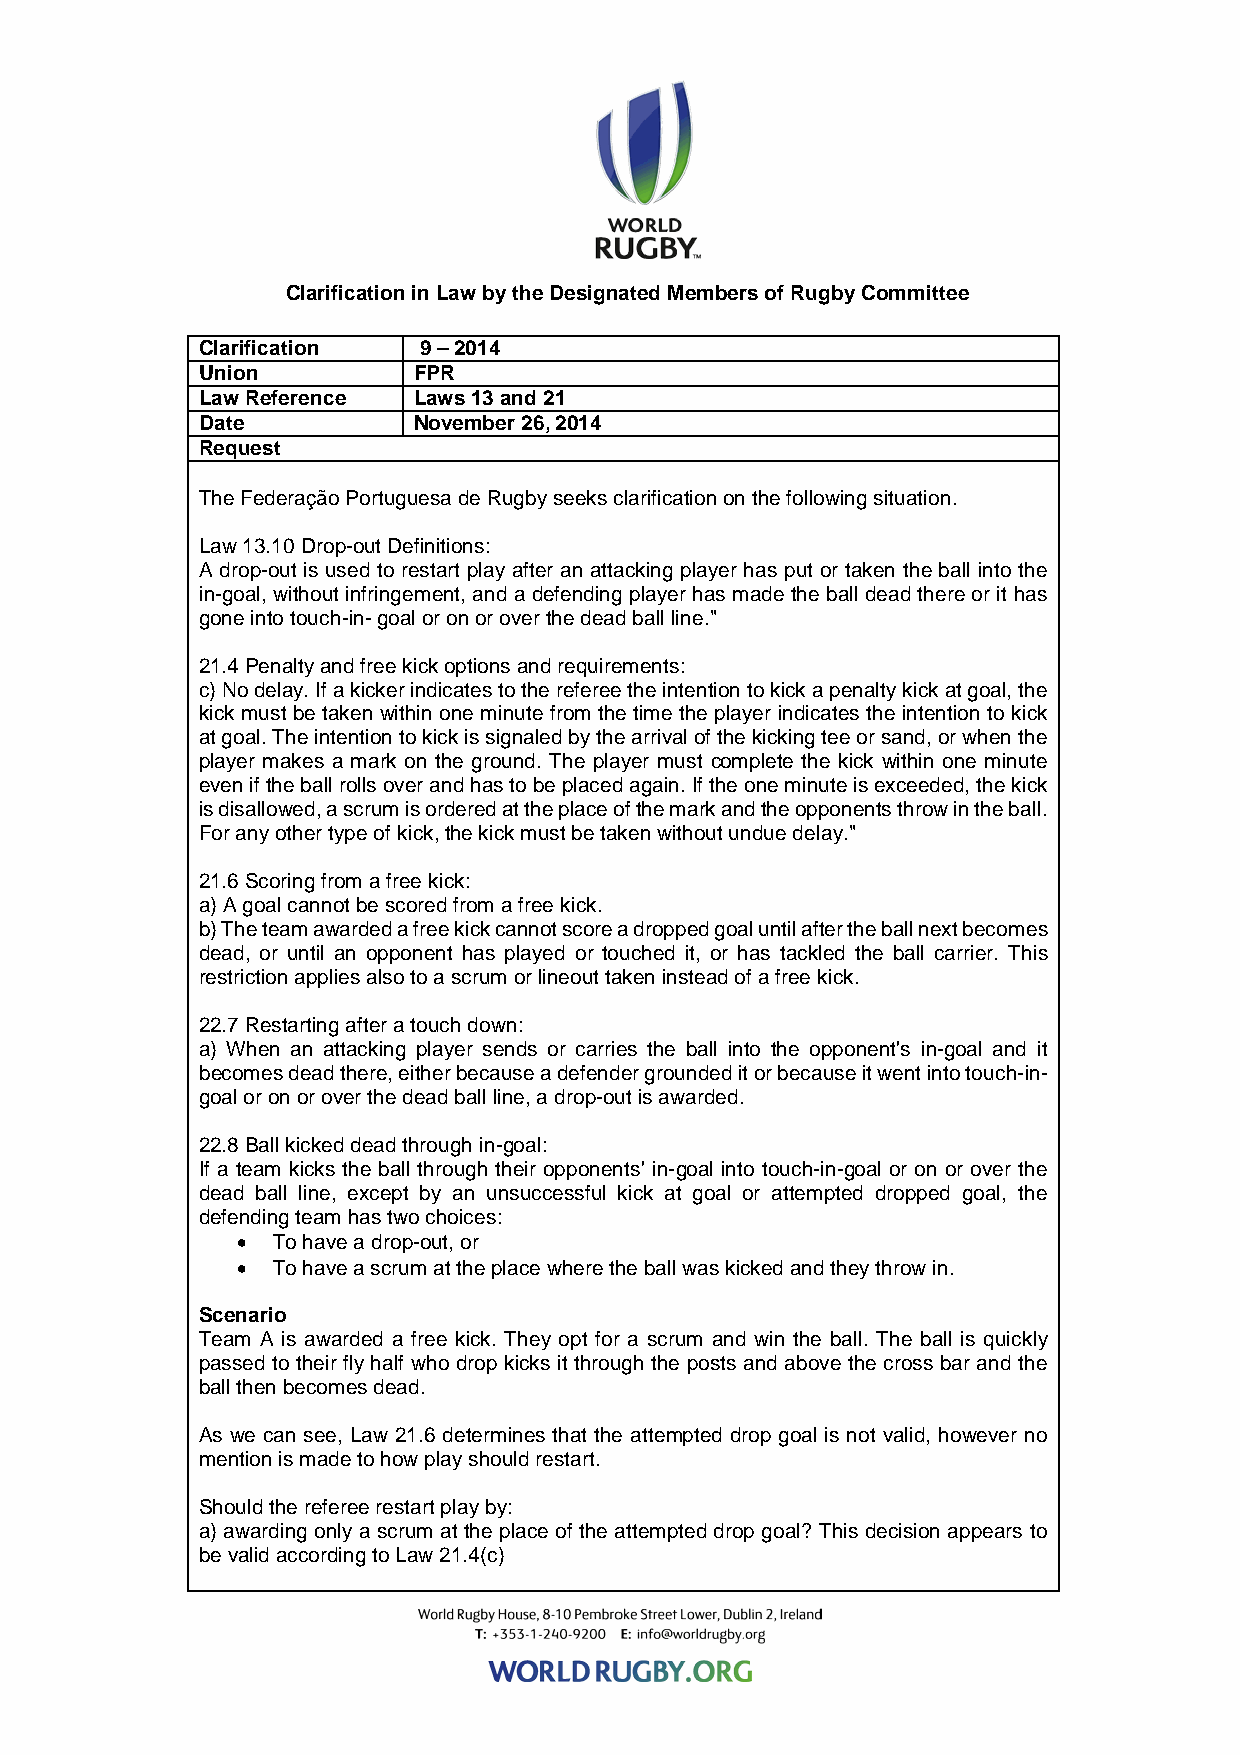
Clarification in Law by the Designated Members of Rugby Committee
 Clarification  9 – 2014
 Union         FPR
 Law Reference Laws 13 and 21
 Date          November 26, 2014
 Request
 The Federação Portuguesa de Rugby seeks clarification on the following situation.
 Law 13.10 Drop-out Definitions:
 A drop-out is used to restart play after an attacking player has put or taken the ball into the
 in-goal, without infringement, and a defending player has made the ball dead there or it has
 gone into touch-in- goal or on or over the dead ball line."
 21.4 Penalty and free kick options and requirements:
 c) No delay. If a kicker indicates to the referee the intention to kick a penalty kick at goal, the
 kick must be taken within one minute from the time the player indicates the intention to kick
 at goal. The intention to kick is signaled by the arrival of the kicking tee or sand, or when the
 player makes a mark on the ground. The player must complete the kick within one minute
 even if the ball rolls over and has to be placed again. If the one minute is exceeded, the kick
 is disallowed, a scrum is ordered at the place of the mark and the opponents throw in the ball.
 For any other type of kick, the kick must be taken without undue delay."
 21.6 Scoring from a free kick:
 a) A goal cannot be scored from a free kick.
 b) The team awarded a free kick cannot score a dropped goal until after the ball next becomes
 dead, or until an opponent has played or touched it, or has tackled the ball carrier. This
 restriction applies also to a scrum or lineout taken instead of a free kick.
 22.7 Restarting after a touch down:
 a) When an attacking player sends or carries the ball into the opponent's in-goal and it
 becomes dead there, either because a defender grounded it or because it went into touch-in-
 goal or on or over the dead ball line, a drop-out is awarded.
 22.8 Ball kicked dead through in-goal:
 If a team kicks the ball through their opponents' in-goal into touch-in-goal or on or over the
 dead ball line, except by an unsuccessful kick at goal or attempted dropped goal, the
 defending team has two choices:
 • To have a drop-out, or
 • To have a scrum at the place where the ball was kicked and they throw in.
 Scenario
 Team A is awarded a free kick. They opt for a scrum and win the ball. The ball is quickly
 passed to their fly half who drop kicks it through the posts and above the cross bar and the
 ball then becomes dead.
 As we can see, Law 21.6 determines that the attempted drop goal is not valid, however no
 mention is made to how play should restart.
 Should the referee restart play by:
 a) awarding only a scrum at the place of the attempted drop goal? This decision appears to
 be valid according to Law 21.4(c)